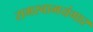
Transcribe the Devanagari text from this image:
रामस्वामयंगार